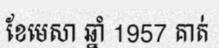
ខែមេសា ឆ្នាំ 1957 គាត់